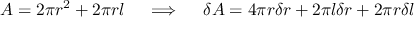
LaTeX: A = 2 \pi r ^ { 2 } + 2 \pi r l \quad \implies \quad \delta A = 4 \pi r \delta r + 2 \pi l \delta r + 2 \pi r \delta l